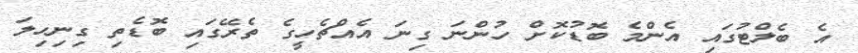
އެ ބެލްޓުގައި އެންމެ ބޮޑުކޮށް ހުންނަ ގިނަ އެއްޗެހީގެ ތެރޭގައި ބޮޑެތި ގިނިހިލަ